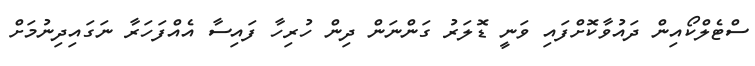
ސްޓެލްކޯއިން ދައުވާކޮށްފައި ވަނީ ޑޮލަރު ގަންނަން ދިން ހުރިހާ ފައިސާ އެއްފަހަރާ ނަގައިދިނުމަށް